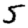
Digit: 5